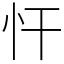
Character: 忓